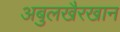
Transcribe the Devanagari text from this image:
अबुलखैरखान